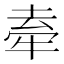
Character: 𭷣